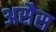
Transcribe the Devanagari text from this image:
असैस